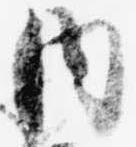
内